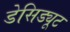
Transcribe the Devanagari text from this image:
डेसिड्यूट